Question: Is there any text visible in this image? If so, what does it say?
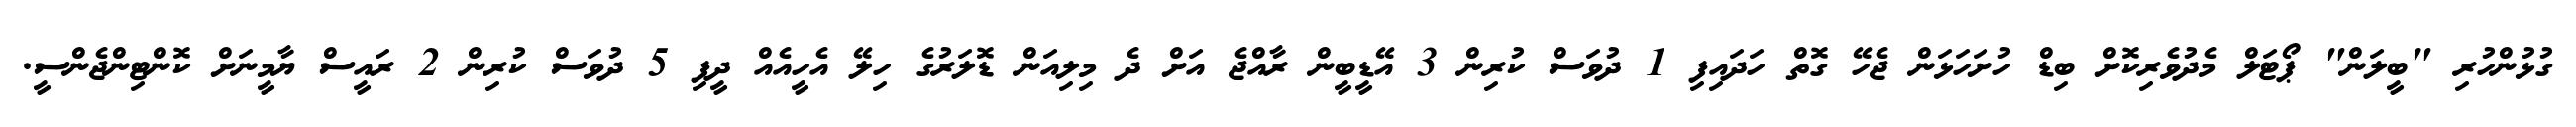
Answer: ގުޅުންހުރި "ބީލަން" ޕޯޓަލް މެދުވެރިކޮށް ބިޑް ހުށަހަޅަން ޖެހޭ ގޮތް ހަދައިފި 1 ދުވަސް ކުރިން 3 އޭޑީބީން ރާއްޖެ އަށް ދެ މިލިއަން ޑޮލަރުގެ ހިލޭ އެހީއެއް ދީފި 5 ދުވަސް ކުރިން 2 ރައީސް ޔާމީނަށް ކޮންޓިންޖެންސީ.